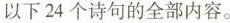
以下24个诗句的全部内容。